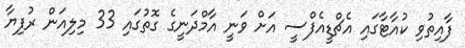
ފާއިތުވި ކުއާޓާގައި އެޗްޑީއެފްސީ އަށް ވަނީ އާމްދަނީގެ ގޮތުގައި 33 މިލިއަން ރުފިޔާ